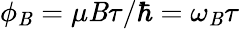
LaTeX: \phi_{\mathit{B}}=\mu\mathit{B}\tau/\hbar=\omega_{\mathit{B}}\tau